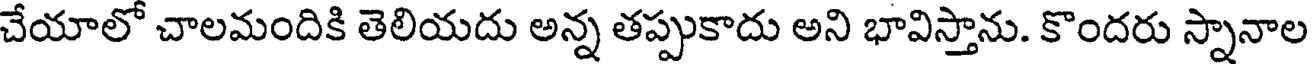
చేయాలో చాలమందికి తెలియదు అన్న తప్పుకాదు అని భావిస్తాను. కొందరు స్నానాల